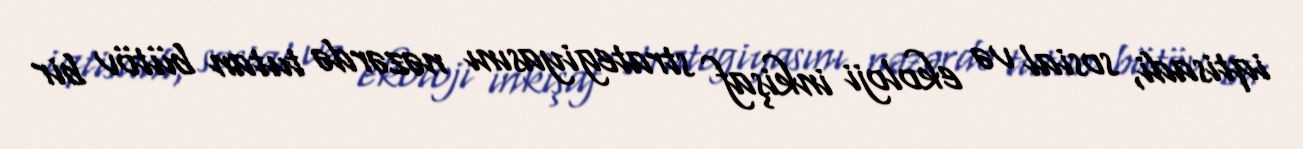
iqtisadi, sosial və ekoloji inkişaf strategiyasını nəzərdə tutan bütöv bir